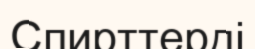
Спирттерді